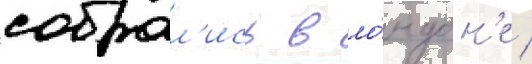
собрал'ись в ло́ндон'е /